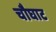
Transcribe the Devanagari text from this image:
चौघाट